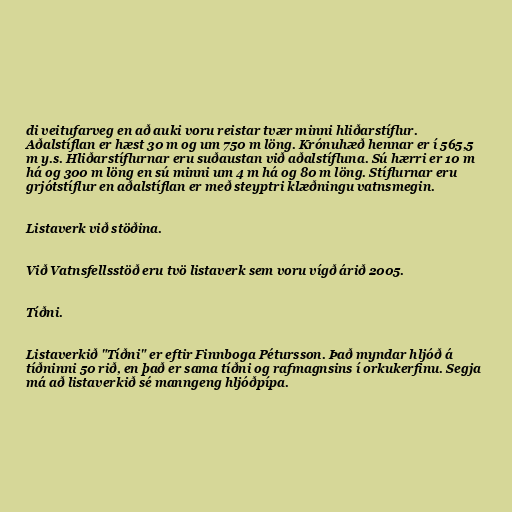
di veitufarveg en að auki voru reistar tvær minni hliðarstíflur.
Aðalstíflan er hæst 30 m og um 750 m löng. Krónuhæð hennar er í 565,5
m y.s. Hliðarstíflurnar eru suðaustan við aðalstífluna. Sú hærri er 10 m
há og 300 m löng en sú minni um 4 m há og 80 m löng. Stíflurnar eru
grjótstíflur en aðalstíflan er með steyptri klæðningu vatnsmegin.

Listaverk við stöðina.

Við Vatnsfellsstöð eru tvö listaverk sem voru vígð árið 2005.

Tíðni.

Listaverkið "Tíðni" er eftir Finnboga Pétursson. Það myndar hljóð á
tíðninni 50 rið, en það er sama tíðni og rafmagnsins í orkukerfinu. Segja
má að listaverkið sé manngeng hljóðpípa.